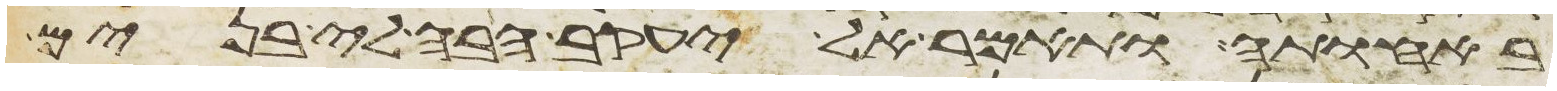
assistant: באחותה ותאמר אל יעקב הבה לי בנים